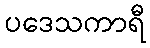
ပဒေသကာရီ